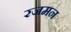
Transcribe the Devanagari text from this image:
रजमन